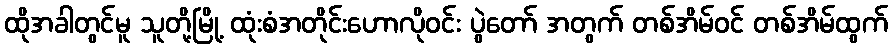
ထိုအခါတွင်မူ သူတို့မြို့ ထုံးစံအတိုင်းဟောလိုဝင်း ပွဲတော် အတွက် တစ်အိမ်ဝင် တစ်အိမ်ထွက်